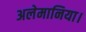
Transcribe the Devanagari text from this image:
अलेमानिया।